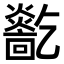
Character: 𤑓